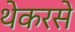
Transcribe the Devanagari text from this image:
थेकरसे